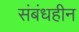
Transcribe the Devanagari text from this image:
संबंधहीन